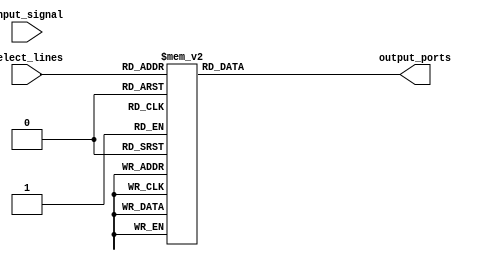
module demultiplexer (
  input wire input_signal,
  input wire [3:0] select_lines,
  output reg [15:0] output_ports
);

always @(*) begin
  case(select_lines)
    4'b0000: output_ports = 16'b0000_0000_0000_0001;
    4'b0001: output_ports = 16'b0000_0000_0000_0010;
    4'b0010: output_ports = 16'b0000_0000_0000_0100;
    4'b0011: output_ports = 16'b0000_0000_0000_1000;
    4'b0100: output_ports = 16'b0000_0000_0001_0000;
    4'b0101: output_ports = 16'b0000_0000_0010_0000;
    4'b0110: output_ports = 16'b0000_0000_0100_0000;
    4'b0111: output_ports = 16'b0000_0000_1000_0000;
    4'b1000: output_ports = 16'b0000_0001_0000_0000;
    4'b1001: output_ports = 16'b0000_0010_0000_0000;
    4'b1010: output_ports = 16'b0000_0100_0000_0000;
    4'b1011: output_ports = 16'b0000_1000_0000_0000;
    4'b1100: output_ports = 16'b0001_0000_0000_0000;
    4'b1101: output_ports = 16'b0010_0000_0000_0000;
    4'b1110: output_ports = 16'b0100_0000_0000_0000;
    4'b1111: output_ports = 16'b1000_0000_0000_0000;
    default: output_ports = 16'b0000_0000_0000_0000;
  endcase
end

endmodule